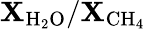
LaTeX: \mathbf{X}_{\mathrm{{H_{2}O}}}/\mathbf{X}_{\mathrm{{CH_{4}}}}